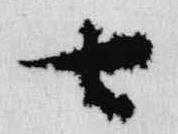
七